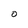
Character: O